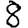
Digit: 8